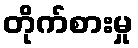
တိုက်စားမှု